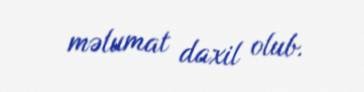
məlumat daxil olub.